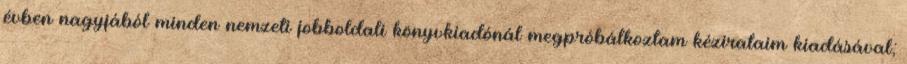
évben nagyjából minden nemzeti jobboldali könyv­kiadónál megpróbálkoztam kézirataim kiadásával;